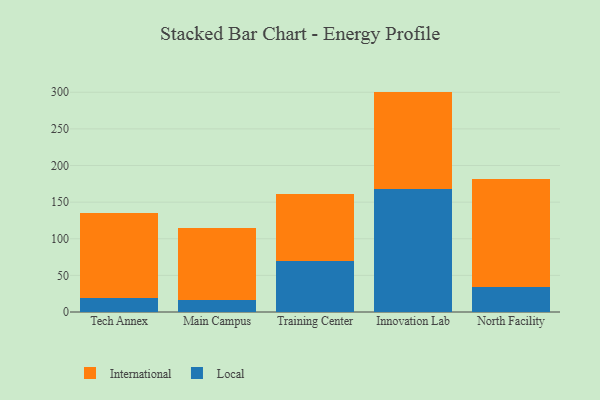
{"axis": {"x": "Campus", "y": "Market Share (%)"}, "legend": ["International", "Local"], "data": [{"x": "Tech Annex", "y": 19.0, "type": "Local"}, {"x": "Tech Annex", "y": 115.7, "type": "International"}, {"x": "Main Campus", "y": 15.8, "type": "Local"}, {"x": "Main Campus", "y": 99.1, "type": "International"}, {"x": "Training Center", "y": 69.7, "type": "Local"}, {"x": "Training Center", "y": 91.2, "type": "International"}, {"x": "Innovation Lab", "y": 167.8, "type": "Local"}, {"x": "Innovation Lab", "y": 133.1, "type": "International"}, {"x": "North Facility", "y": 34.4, "type": "Local"}, {"x": "North Facility", "y": 147.0, "type": "International"}]}